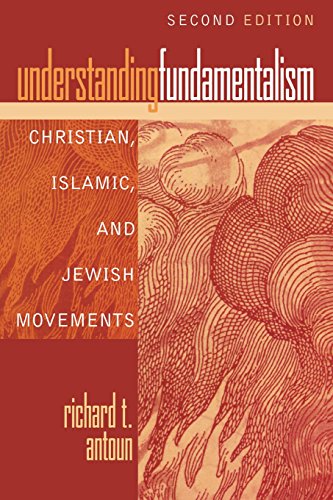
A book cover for Understanding Fundamentalism: Christian, Islamic, and Jewish Movements; Richard T. Antoun; Christian Books & Bibles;